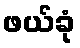
ဖယ်ခုံ